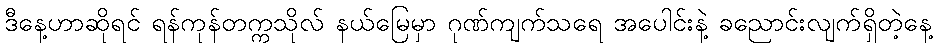
ဒီနေ့ဟာဆိုရင် ရန်ကုန်တက္ကသိုလ် နယ်မြေမှာ ဂုဏ်ကျက်သရေ အပေါင်းနဲ့ ခညောင်းလျက်ရှိတဲ့နေ့